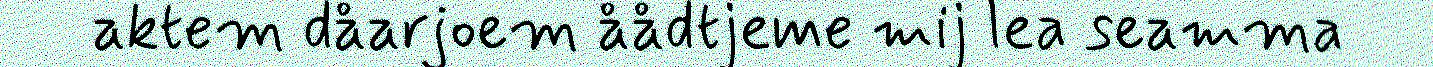
aktem dåarjoem åådtjeme mij lea seamma